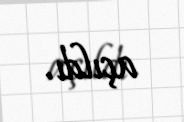
açıldı.